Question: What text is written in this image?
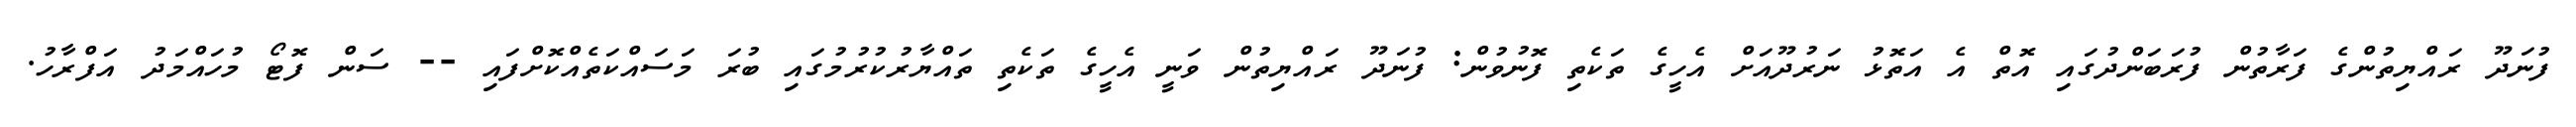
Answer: ފުނަދޫ ރައްޔިތުންގެ ފަރާތުން ފުރަބަންދުގައި އޮތް އެ އަތޮޅު ނަރުދޫއަށް އެހީގެ ތަކެތި ފޮނުވުން: ފުނަދޫ ރައްޔިތުން ވަނީ އެހީގެ ތަކެތި ތައްޔާރުކުރުމުގައި ބުރަ މަސައްކަތެއްކޮށްފައި -- ސަން ފޮޓޯ މުހައްމަދު އަފްރާހު.